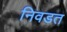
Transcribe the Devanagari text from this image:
निवडत